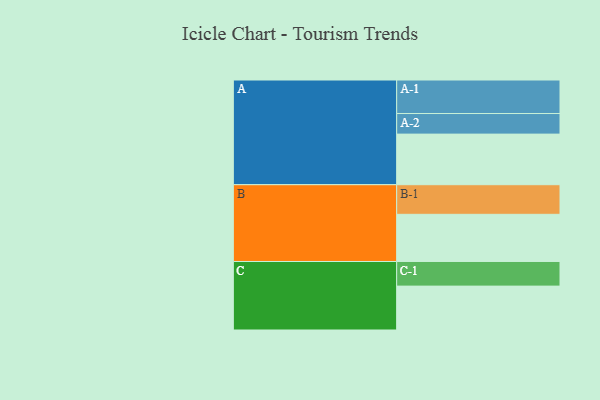
{"axis": {"x": "Segment", "y": "Value"}, "legend": ["", "A", "B", "C"], "data": [{"x": "A", "y": 415, "type": ""}, {"x": "B", "y": 387, "type": ""}, {"x": "C", "y": 360, "type": ""}, {"x": "A-1", "y": 275, "type": "A"}, {"x": "A-2", "y": 169, "type": "A"}, {"x": "B-1", "y": 243, "type": "B"}, {"x": "C-1", "y": 202, "type": "C"}]}